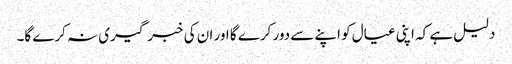
دلیل ہے کہ اپنی عیال کو اپنے سے دور کرے گا اور ان کی خبر گیری نہ کرے گا۔